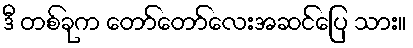
ဒီ တစ်ခုက တော်တော်လေးအဆင်ပြေ သား။